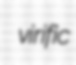
virific